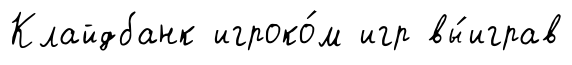
Клайдбанк игроко́м игр вы́играв